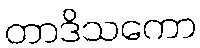
တာဒိသကော